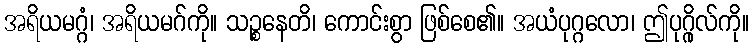
အရိယမဂ္ဂံ၊ အရိယမဂ်ကို။ သဉ္စနေတိ၊ ကောင်းစွာ ဖြစ်စေ၏။ အယံပုဂ္ဂလော၊ ဤပုဂ္ဂိုလ်ကို။